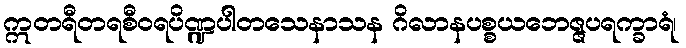
ဣတရီတရစီဝရပိဏ္ဍပါတသေနာသန ဂိလာနပစ္စယဘေဇ္ဇပရက္ခာရံ၊